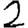
Digit: 2